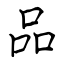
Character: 品